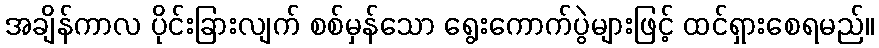
အချိန်ကာလ ပိုင်းခြားလျက် စစ်မှန်သော ရွေးကောက်ပွဲများဖြင့် ထင်ရှားစေရမည်။